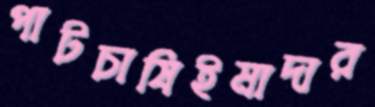
পাটচাষিইমাদার